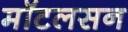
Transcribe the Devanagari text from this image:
मॉटलसन